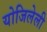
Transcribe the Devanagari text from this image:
योजिलेली